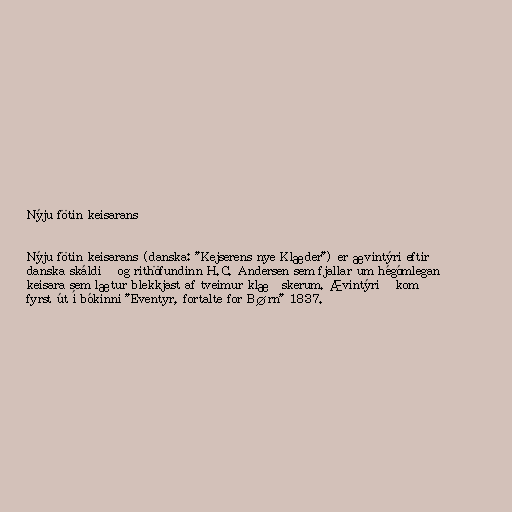
Nýju fötin keisarans

Nýju fötin keisarans (danska: "Kejserens nye Klæder") er ævintýri eftir
danska skáldið og rithöfundinn H.C. Andersen sem fjallar um hégómlegan
keisara sem lætur blekkjast af tveimur klæðskerum. Ævintýrið kom
fyrst út í bókinni "Eventyr, fortalte for Børn" 1837.